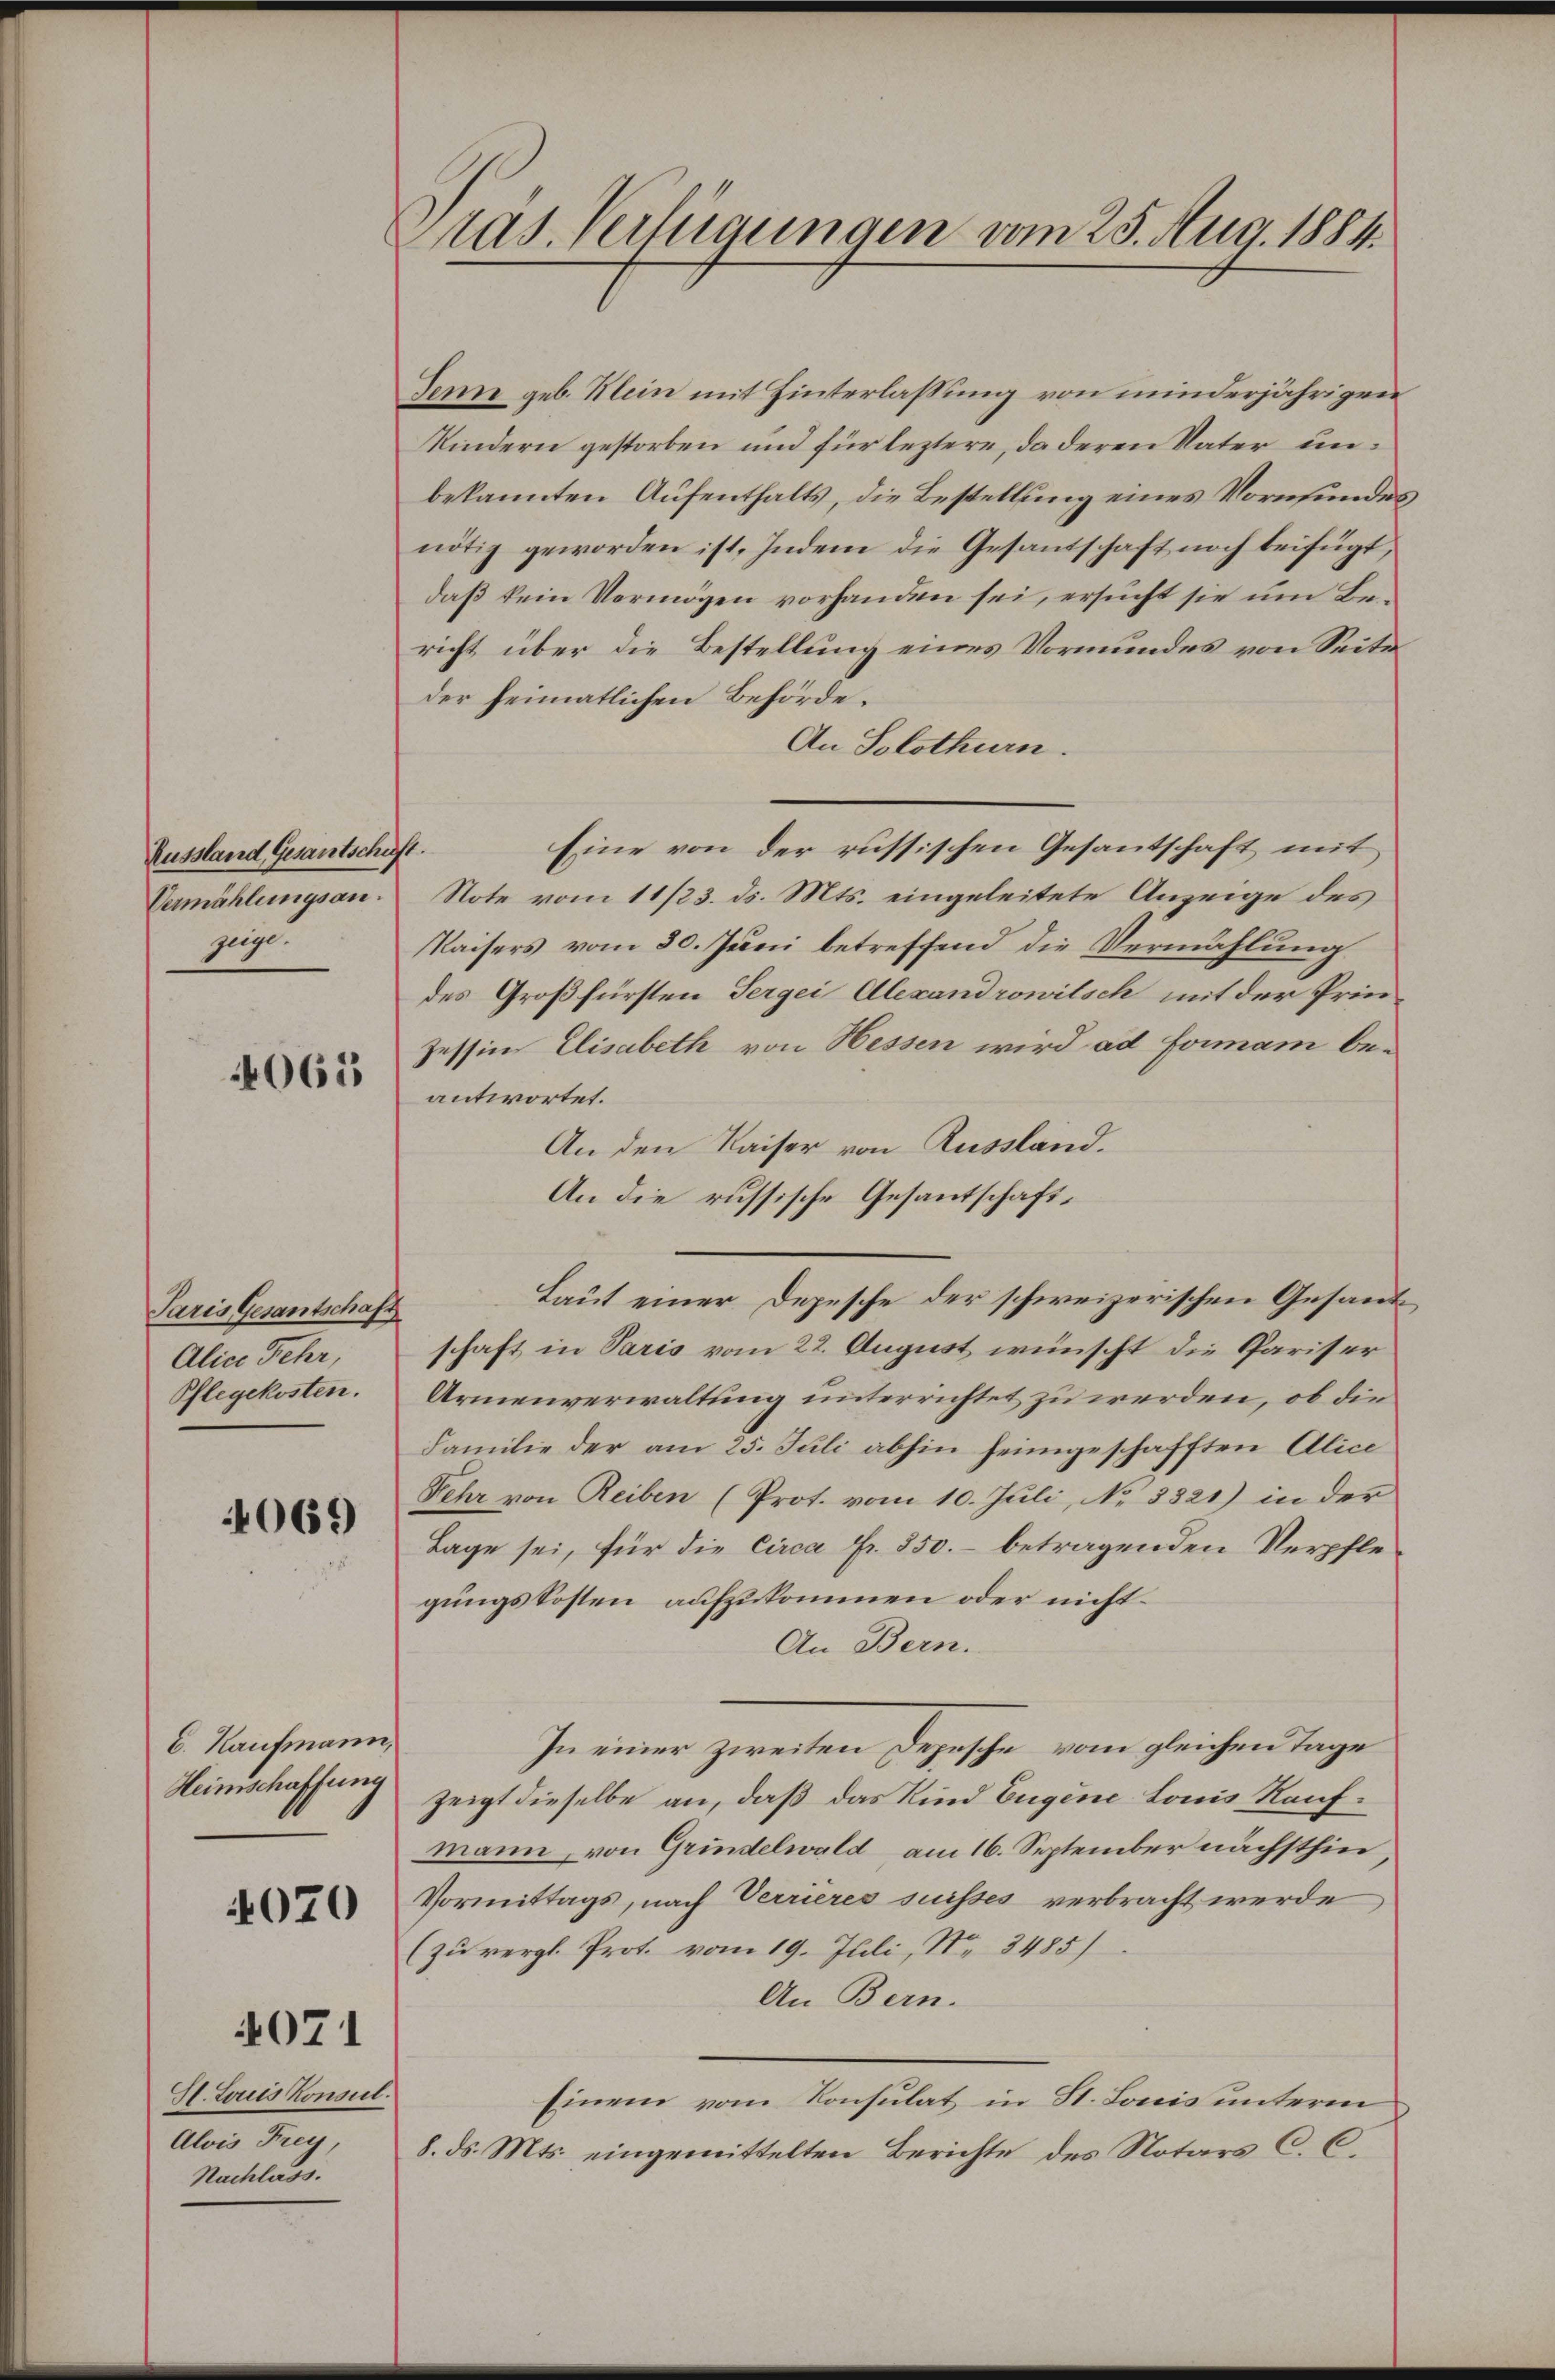
Aussland Gesantschaft.
Vermählungsan.
zeige.

065

Paris Gesantschaft
Alice Fehr,
Pflegekosten.

4069

E. Kaufmann,
Heimschaffung

4070

4071

St. Louis Konsul.
Alois Frey,
Nachlass.

Pras. Verfügungen vom 25. Aug. 1884.

Jenn geb. Mein mit Hinterlassung von minderjährigen
Kindern gestorben und für leztere, da deren Vater unbekannten Aufenthalts, die Bestellung eines Vornfundesnötig geworden ist. Indem die Gesandschaft noch beifügt,
daß kein Vermögen vorhanden sei, ersucht sie um Be-
richt über die Bestellung eines Vormundes von Seite
der heimatlichen Behörde.
An Solothurn.
Eine von der russischen Gesantschaft mit
Note vom 11/23. ds. Mts. eingeleitete Anzeige des
Kaisers vom 30. Juni betreffend die Vermählung
des Großfürsten Sergei Alexandrowitsch mit der Prin-
zessin Elisabeth von Hessen wird ad formani be-
antwortet.
An den Kaiser von Russland.
An die russische Gesantschaft¬
Laut einer Depesche der schweizerischen Gesand
schaft in Paris vom 22. August wünscht die Pariser
Armenverwaltung unterrichtet zu werden, ob die
Familie der am 25. Juli abhin heimgeschafften Alice
Fehr von Reiben (Prot. vom 10. Juli, No 8321) in der
Lage sei, für die Circa Fr. 350.- betragenden Verpflegungskosten aufzukommen oder nicht.
An Bern.
In einer zweiten Depesche vom gleichen Tage
zeigt dieselbe an, daß das Kind Eugene Louis Kaufmann, von Grindelwald am 16. September nächsthin,
Vormittags, nach Verrieres suisses verbracht werde
(zu vergl. Prot. vom 19. Juli, No 3485)
An Bern.
Einem vom Konsulat in St. Lonis unterm
8. ds. Mts. eingemittelten Berichte des Notars C. C.